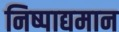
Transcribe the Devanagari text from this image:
निष्पाद्यमान